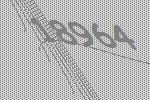
18964